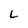
Character: L